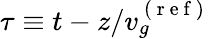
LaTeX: \tau\equiv t-z/v_{g}^{\mathrm{~(~r~e~f~)~}}